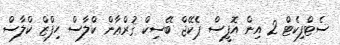
ސެޓްފިކެޓް 2 އިން އޮފީސް ޕެކޭޖް ބޭސިކް ޤުރްޢާން ކްލާސް ހިފްޒް ކްލާސް